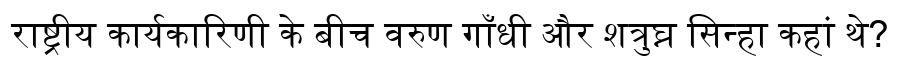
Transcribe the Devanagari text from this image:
राष्ट्रीय कार्यकारिणी के बीच वरुण गाँधी और शत्रुघ्न सिन्हा कहां थे?